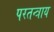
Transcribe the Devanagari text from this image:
परतन्त्राय